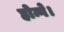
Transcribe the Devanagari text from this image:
होन्गे।